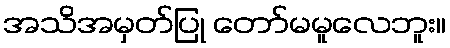
အသိအမှတ်ပြု တော်မမူလေဘူး။